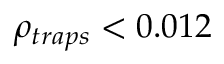
\rho _ { t r a p s } < 0 . 0 1 2